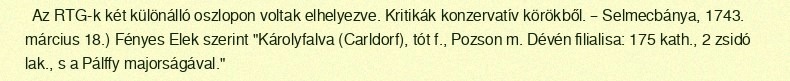
Az RTG-k két különálló oszlopon voltak elhelyezve. Kritikák konzervatív körökből. – Selmecbánya, 1743. március 18.) Fényes Elek szerint "Károlyfalva (Carldorf), tót f., Pozson m. Dévén filialisa: 175 kath., 2 zsidó lak., s a Pálffy majorságával."